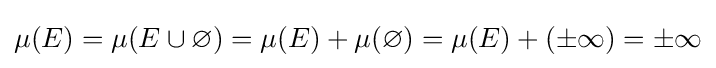
\mu (E)=\mu (E\cup \varnothing )=\mu (E)+\mu (\varnothing )=\mu (E)+(\pm \infty )=\pm \infty